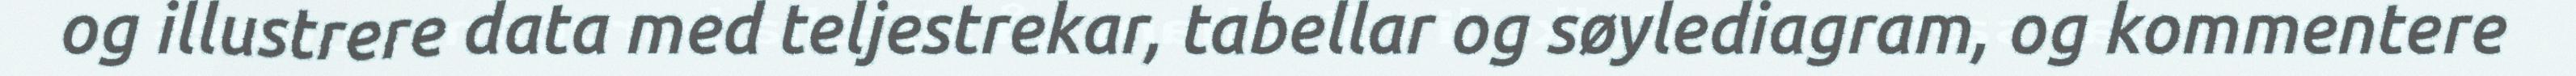
og illustrere data med teljestrekar, tabellar og søylediagram, og kommentere